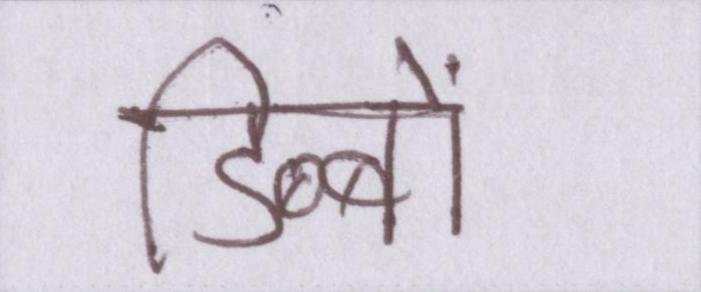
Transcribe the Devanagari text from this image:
डिब्बों